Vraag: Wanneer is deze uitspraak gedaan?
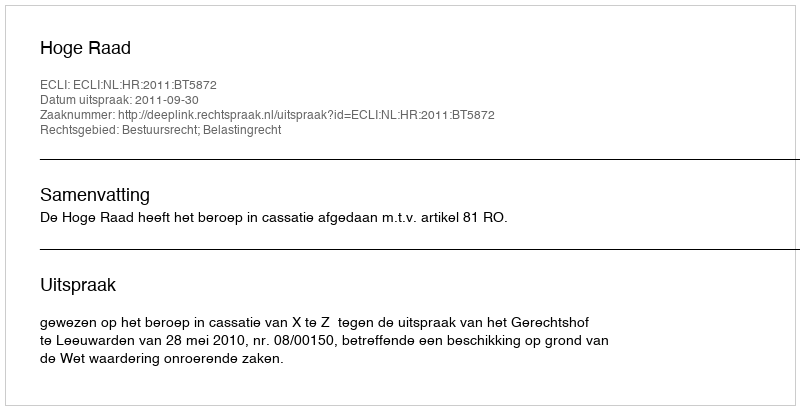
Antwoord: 2011-09-30